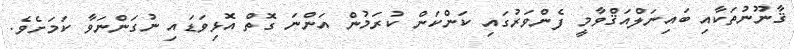
ޤާނޫނުތަކާއި ބައިނަލްއަޤްވާމީ ފެންވަރުގައި ކަންކަން ކުރަމުން އަންނަ ގޮތް އޮޅިވަޑައި ނުގަންނަވާ ކަމަށެވެ.